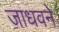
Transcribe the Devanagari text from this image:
जाधवने